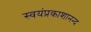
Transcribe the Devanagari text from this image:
स्वयंप्रकाशानन्द